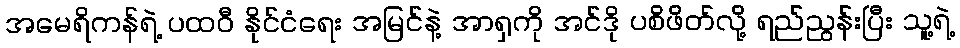
အမေရိကန်ရဲ့ ပထဝီ နိုင်ငံရေး အမြင်နဲ့ အာရှကို အင်ဒို ပစိဖိတ်လို့ ရည်ညွန်းပြီး သူ့ရဲ့